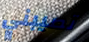
تصيبني